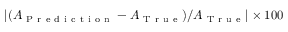
| \! \left( A _ { \mathrm { ~ P ~ r ~ e ~ d ~ i ~ c ~ t ~ i ~ o ~ n ~ } } - A _ { \mathrm { ~ T ~ r ~ u ~ e ~ } } \right) \! / A _ { \mathrm { ~ T ~ r ~ u ~ e ~ } } | \times 1 0 0